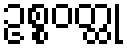
ဥစ္စဝတ္ထု